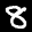
Label: 8